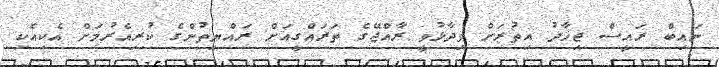
ނައިބް ރައީސް ޖިހާދު އިތުރަށް ވިދާޅުވީ ރާއްޖޭގެ ތަރައްގީއަށް ރައްޔިތުންގެ ކުރިއެރުމަށް އެކިއެކި